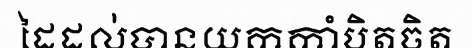
ដៃដល់បានយកកាំបិតចិត